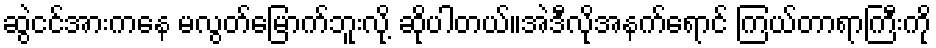
ဆွဲငင်အားကနေ မလွတ်မြောက်ဘူးလို့ ဆိုပါတယ်။အဲဒီလိုအနက်ရောင် ကြယ်တာရာကြီးကို